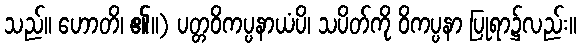
သည်။ ဟောတိ၊ ၏။) ပတ္တဝိကပ္ပနာယံပိ၊ သပိတ်ကို ဝိကပ္ပနာ ပြုရာ၌လည်း။